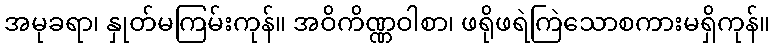
အမုခရာ၊ နှုတ်မကြမ်းကုန်။ အဝိကိဏ္ဏဝါစာ၊ ဖရိုဖရဲကြဲသောစကားမရှိကုန်။